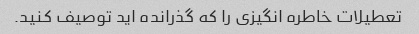
تعطیلات خاطره انگیزی را که گذرانده اید توصیف کنید.